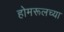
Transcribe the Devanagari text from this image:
होमरूलच्या